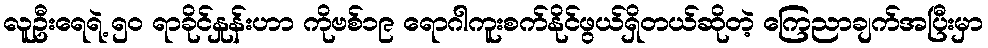
လူဦးရေရဲ့ ၅၀ ရာခိုင်နှုန်းဟာ ကိုဗစ်၁၉ ရောဂါကူးစက်နိုင်ဖွယ်ရှိတယ်ဆိုတဲ့ ကြေညာချက်အပြီးမှာ